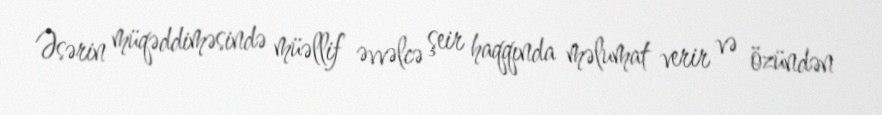
Əsərin müqəddiməsində müəllif əvvəlcə şeir haqqında məlumat verir və özündən